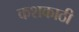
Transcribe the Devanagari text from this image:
कशकाठी